Kures,_Voldemar, lk 102
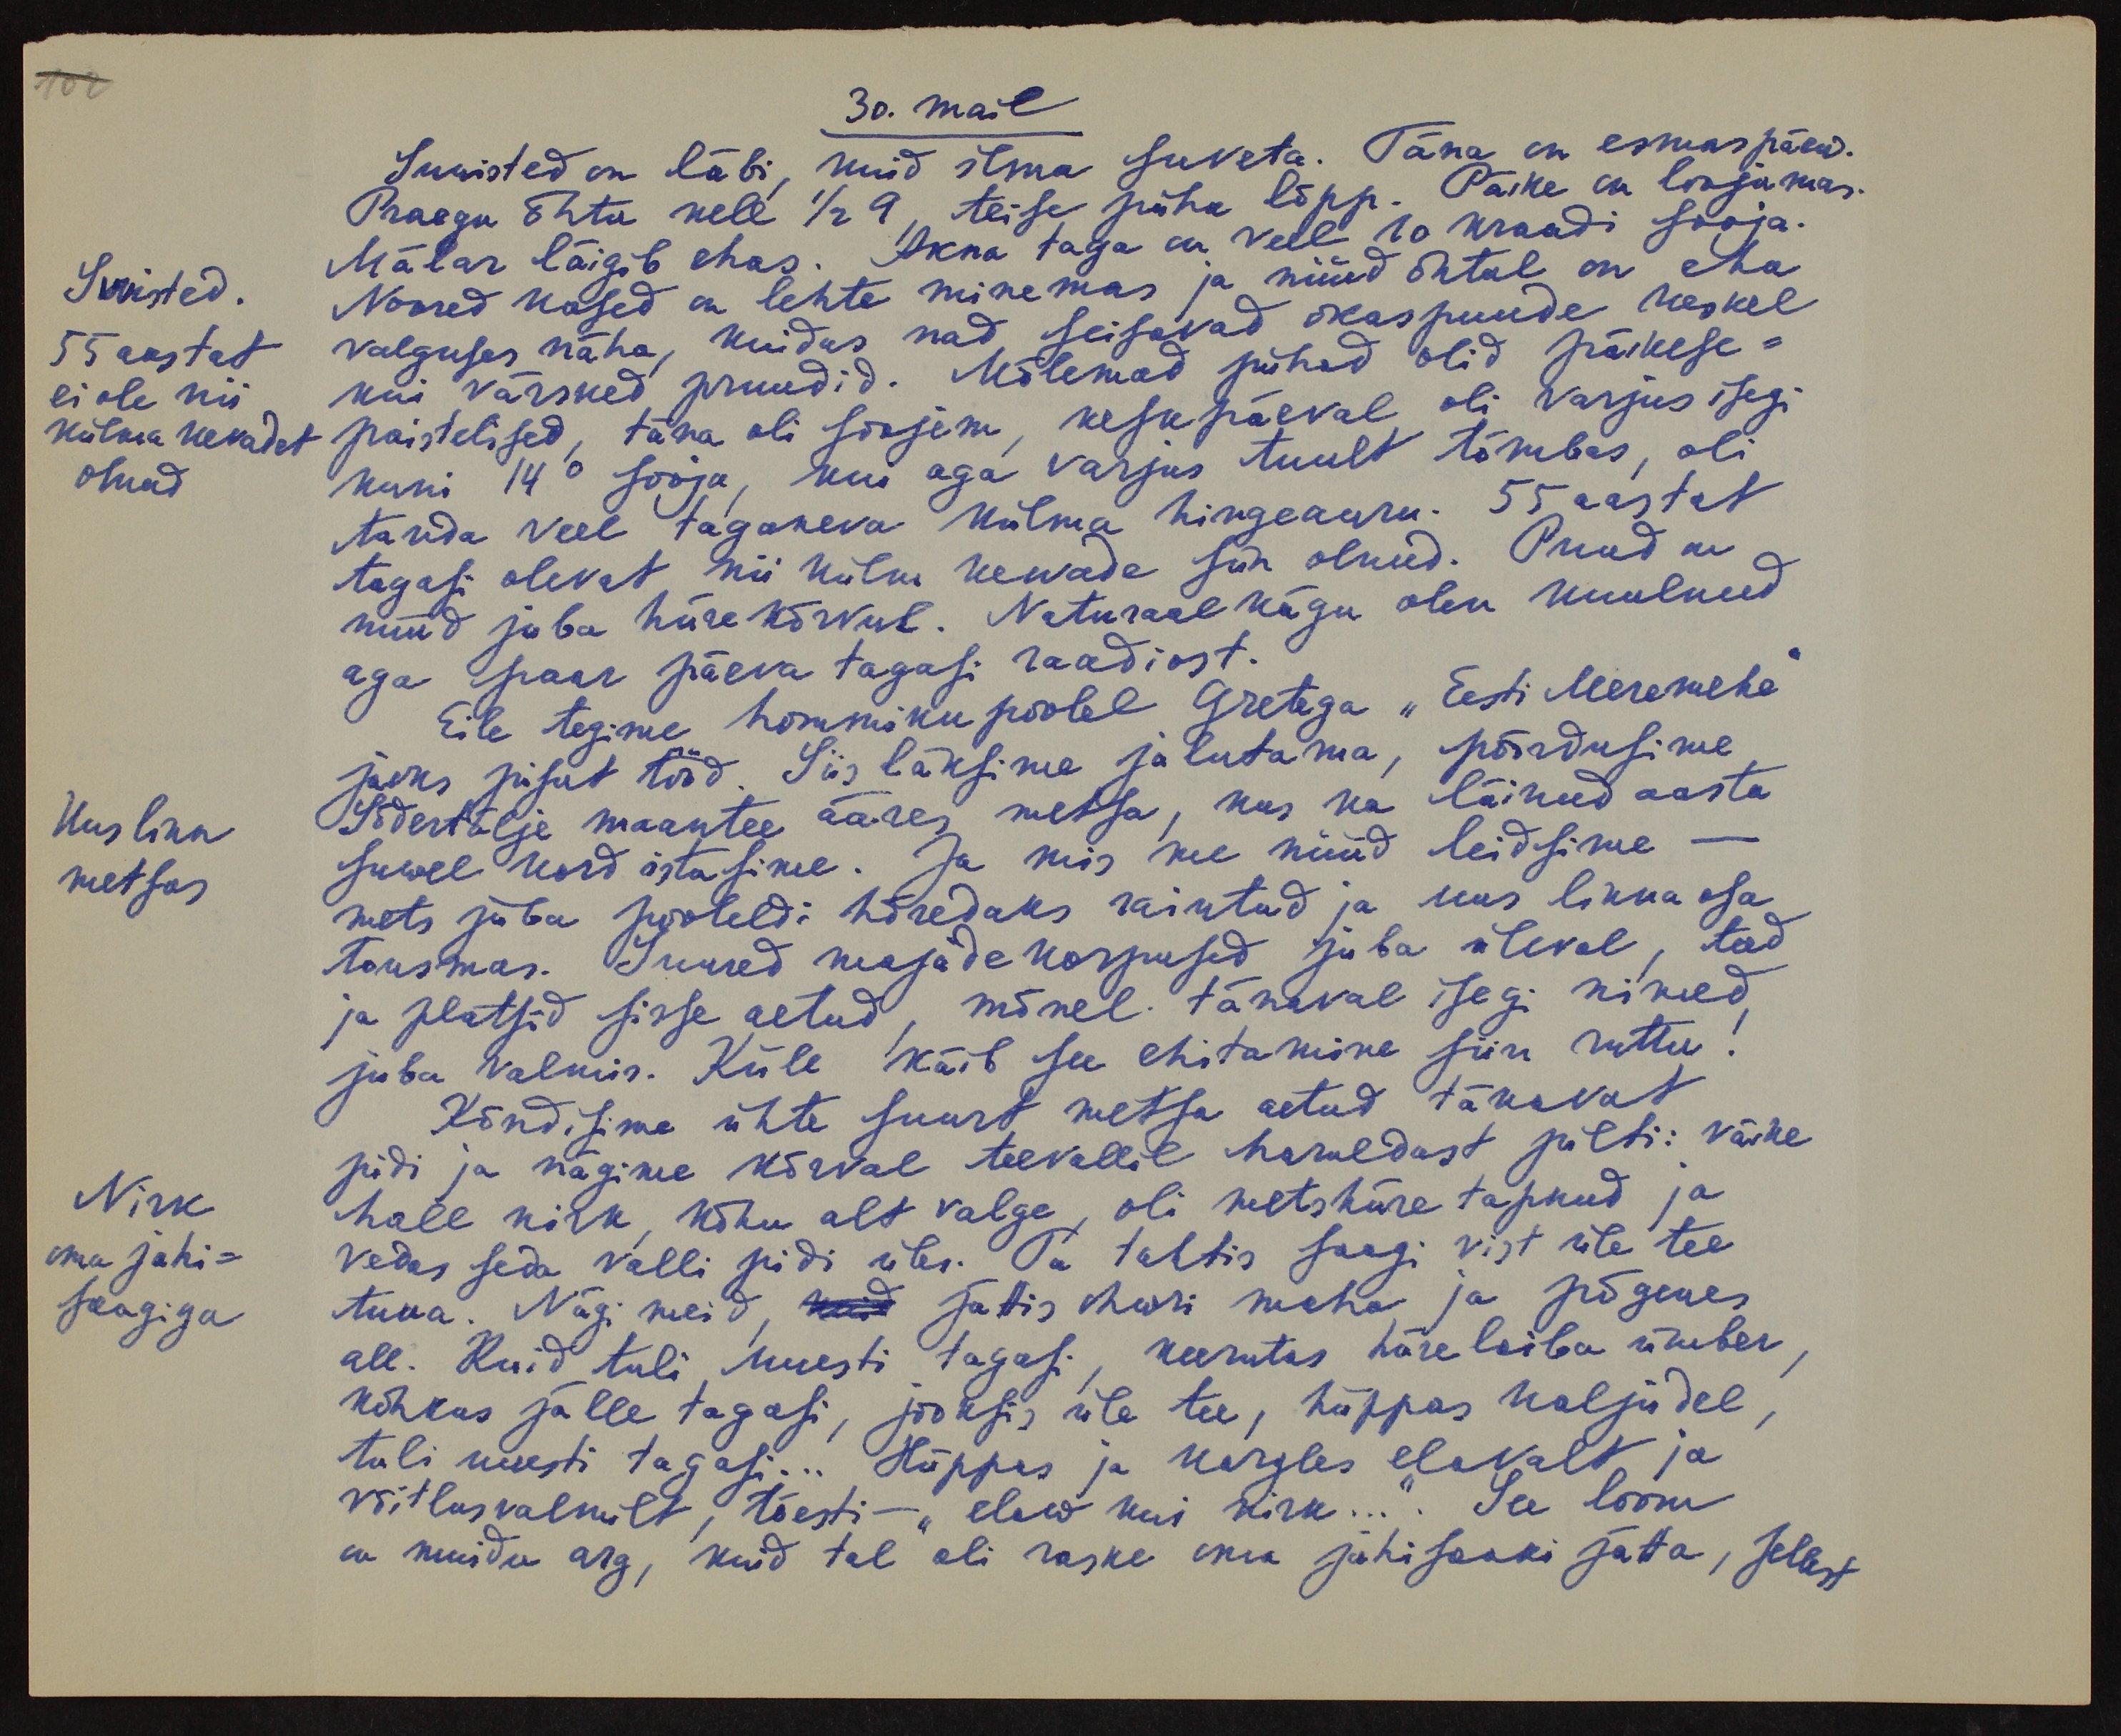
30. mail
Suvisted on läbi, kuid ilma suveta. Täna on esmaspäew.
Praegu õhtu kell 1/2 9, teise püha lõpp. Päike on loojumas.
Mälar läigib ehas. Akna taga on veel 10 kraadi sooja.
Suvisted.
55 aastat
ei ole nii
külma kevadet
olnud.
Noored kased on lehte minemas ja nüüd õhtul on eha
valguses näha, kuidas nad seisavad okaspuude keskel
kui värsked pruudid. Mõlemad pühad olid päikese-
paistelised, täna oli soojem, keskpäeval oli varjus isegi
kuni 14 ° sooja, kus aga varjus tuult tõmbas, oli
tunda veel taganeva külma hingeauru. 55 aastat
tagasi olevat nii külm kewade siin olnud. Puud on
nüüd juba hiirekõrvul. Naturaal kägu olen kuulnud
aga paar päeva tagasi raadiost.
Eile tegime hommikupoolel Gretega "Eesti Meremehe"
jaoks pisut tööd. Siis läksime jalutama, pöördusime
Uus linn
metsas
Södertälje maantee ääres metsa, kus ka läinud aasta
suwel kord istusime. Ja mis me nüüd leidsime -
mets juba pooleldi hõredaks raiutud ja uus linna osa
tousmas. Suured majade korpused juba üleval, teed
ja platsid sisse aetud, mõnel tänaval isegi nimed
juba valmis. Küll käib see ehitamine siin ruttu!
Kõndisime ühte suurt metsa aetud tänavat
pidi ja nägime kõrval teevallil haruldast pilti: väike
Nirk
oma jahi-
saagiga
hall nirk, kõhu alt valge, oli metshiire tapnud ja
vedas seda valli pidi üles. Ta tahtis saagi vist üle tee
tuua. Nägi meid, kuid jättis hiire maha ja põgenes
all. Kuid tuli uuesti tagasi, keerutas hiire laiba ümber,
kõhkus jälle tagasi, jooksis üle tee, hüppas kaljudel,
tuli uuesti tagasi... Hüppas ja kergles elavalt ja
võitlusvalmilt, tõesti - "elaw kui nirk... ". See loom
on muidu arg, kuid tal oli raske oma jahisaaki jätta, sellest